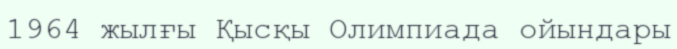
1964 жылғы Қысқы Олимпиада ойындары